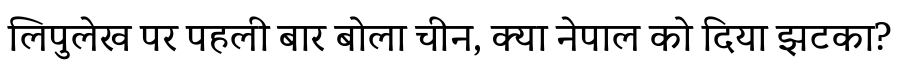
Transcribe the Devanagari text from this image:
लिपुलेख पर पहली बार बोला चीन, क्या नेपाल को दिया झटका?